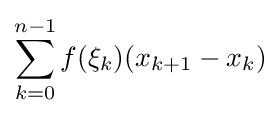
\sum _{k=0}^{n-1}f(\xi _{k})(x_{k+1}-x_{k})